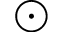
\odot